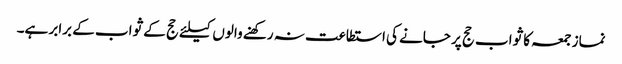
نماز جمعہ کا ثواب حج پر جانے کی استطاعت نہ رکھنے والوں کیلئے حج کے ثواب کے برابر ہے۔